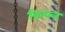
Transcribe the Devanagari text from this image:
कियल